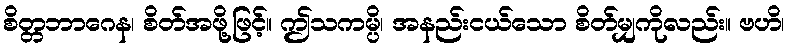
စိတ္တဘာဂေန၊ စိတ်အဖို့ဖြင့်။ ဤသကမ္ပိ၊ အနည်းငယ်သော စိတ်မျှကိုလည်း။ ဗဟိ၊